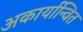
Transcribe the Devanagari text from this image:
अकार्यान्वित